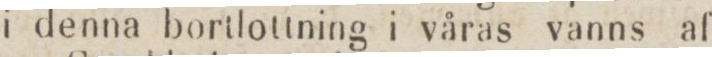
i denna bortlottning i våras vanns af